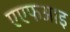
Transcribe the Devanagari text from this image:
एएफआइ